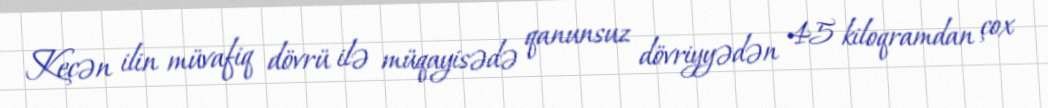
Keçən ilin müvafiq dövrü ilə müqayisədə qanunsuz dövriyyədən 45 kiloqramdan çox